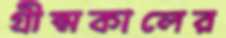
গ্রীষ্মকালের